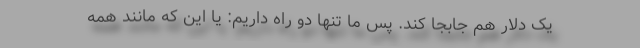
یک دلار هم جابجا کند. پس ما تنها دو راه داریم: یا این که مانند همه